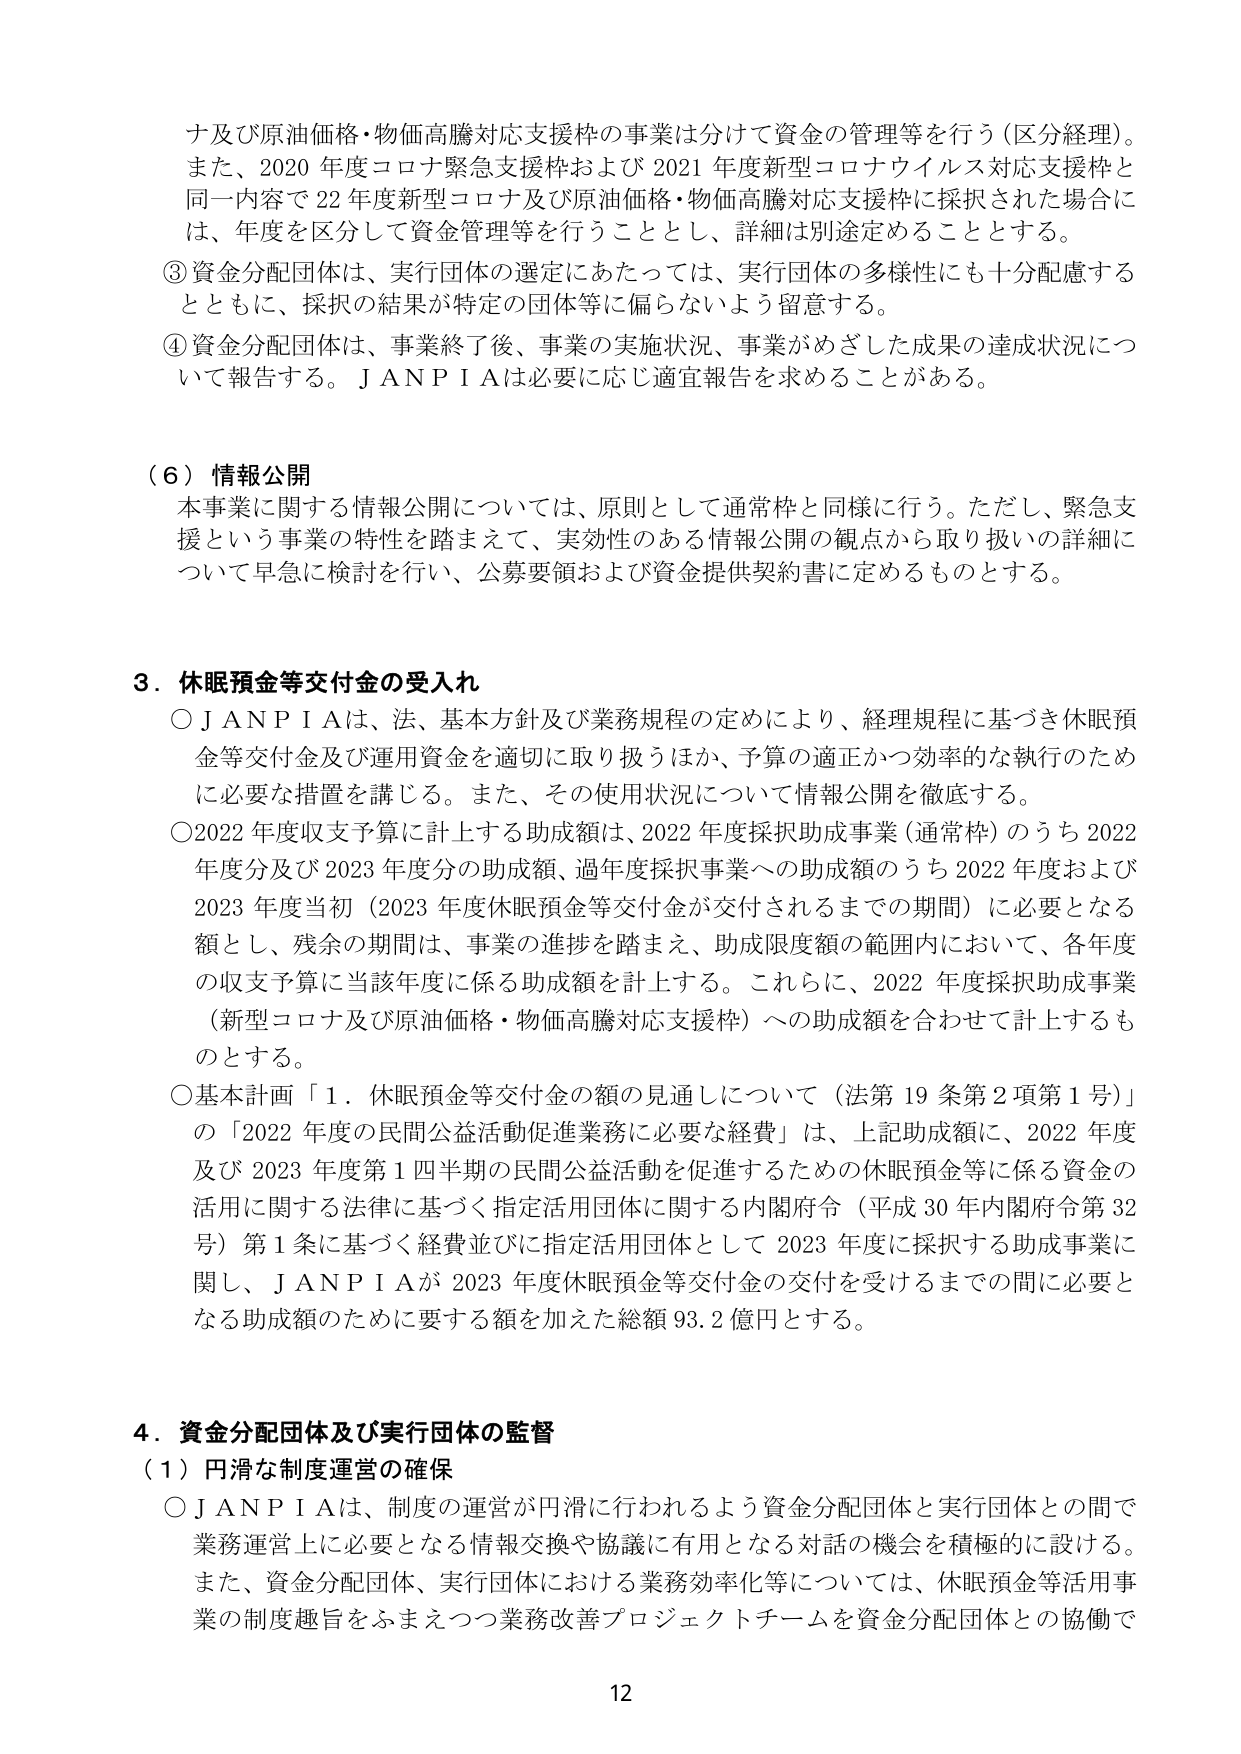
ナ及び原油価格・物価高騰対応支援枠の事業は分けて資金の管理等を行う（区分経理）。
また、2020年度コロナ緊急支援枠および2021年度新型コロナウイルス対応支援枠と同一内容で22年度新型コロナ及び原油価格・物価高騰対応支援枠に採択された場合には、年度を区分して資金管理等を行うこととし、詳細は別途定めることとする。

③資金分配団体は、実行団体の選定にあたっては、実行団体の多様性にも十分配慮するとともに、採択の結果が特定の団体等に偏らないよう留意する。

④資金分配団体は、事業終了後、事業の実施状況、事業がめざした成果の達成状況について報告する。ＪＡＮＰＩＡは必要に応じ適宜報告を求めることがある。

（６）情報公開
本事業に関する情報公開については、原則として通常枠と同様に行う。ただし、緊急支援という事業の特性を踏まえて、実効性のある情報公開の観点から取り扱いの詳細について早急に検討を行い、公募要領および資金提供契約書に定めるものとする。

３．休眠預金等交付金の受入れ
○ＪＡＮＰＩＡは、法、基本方針及び業務規程の定めにより、経理規程に基づき休眠預金等交付金及び運用資金を適切に取り扱うほか、予算の適正かつ効率的な執行のために必要な措置を講じる。また、その使用状況について情報公開を徹底する。
○2022年度収支予算に計上する助成額は、2022年度採択助成事業（通常枠）のうち2022年度分及び2023年度分の助成額、過年度採択事業への助成額のうち2022年度および2023年度当初（2023年度休眠預金等交付金が交付されるまでの期間）に必要となる額とし、残余の期間は、事業の進捗を踏まえ、助成限度額の範囲内において、各年度の収支予算に当該年度に係る助成額を計上する。これらに、2022年度採択助成事業（新型コロナ及び原油価格・物価高騰対応支援枠）への助成額を合わせて計上するものとする。
○基本計画「１．休眠預金等交付金の額の見通しについて（法第19条第2項第1号）」の「2022年度の民間公益活動促進業務に必要な経費」は、上記助成額に、2022年度及び2023年度第1四半期の民間公益活動を促進するための休眠預金等に係る資金の活用に関する法律に基づく指定活用団体に関する内閣府令（平成30年内閣府令第32号）第1条に基づく経費並びに指定活用団体として2023年度に採択する助成事業に関し、ＪＡＮＰＩＡが2023年度休眠預金等交付金の交付を受けるまでの間に必要となる助成額のために要する額を加えた総額93.2億円とする。

４．資金分配団体及び実行団体の監督
（１）円滑な制度運営の確保
○ＪＡＮＰＩＡは、制度の運営が円滑に行われるよう資金分配団体と実行団体との間で業務運営上に必要となる情報交換や協議に有用となる対話の機会を積極的に設ける。また、資金分配団体、実行団体における業務効率化等については、休眠預金等活用事業の制度趣旨をふまえつつ業務改善プロジェクトチームを資金分配団体との協働で

12